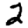
Digit: 2